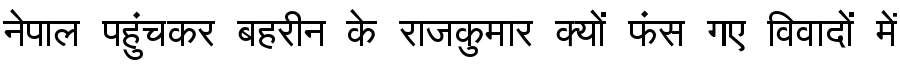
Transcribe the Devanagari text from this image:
नेपाल पहुंचकर बहरीन के राजकुमार क्यों फंस गए विवादों में